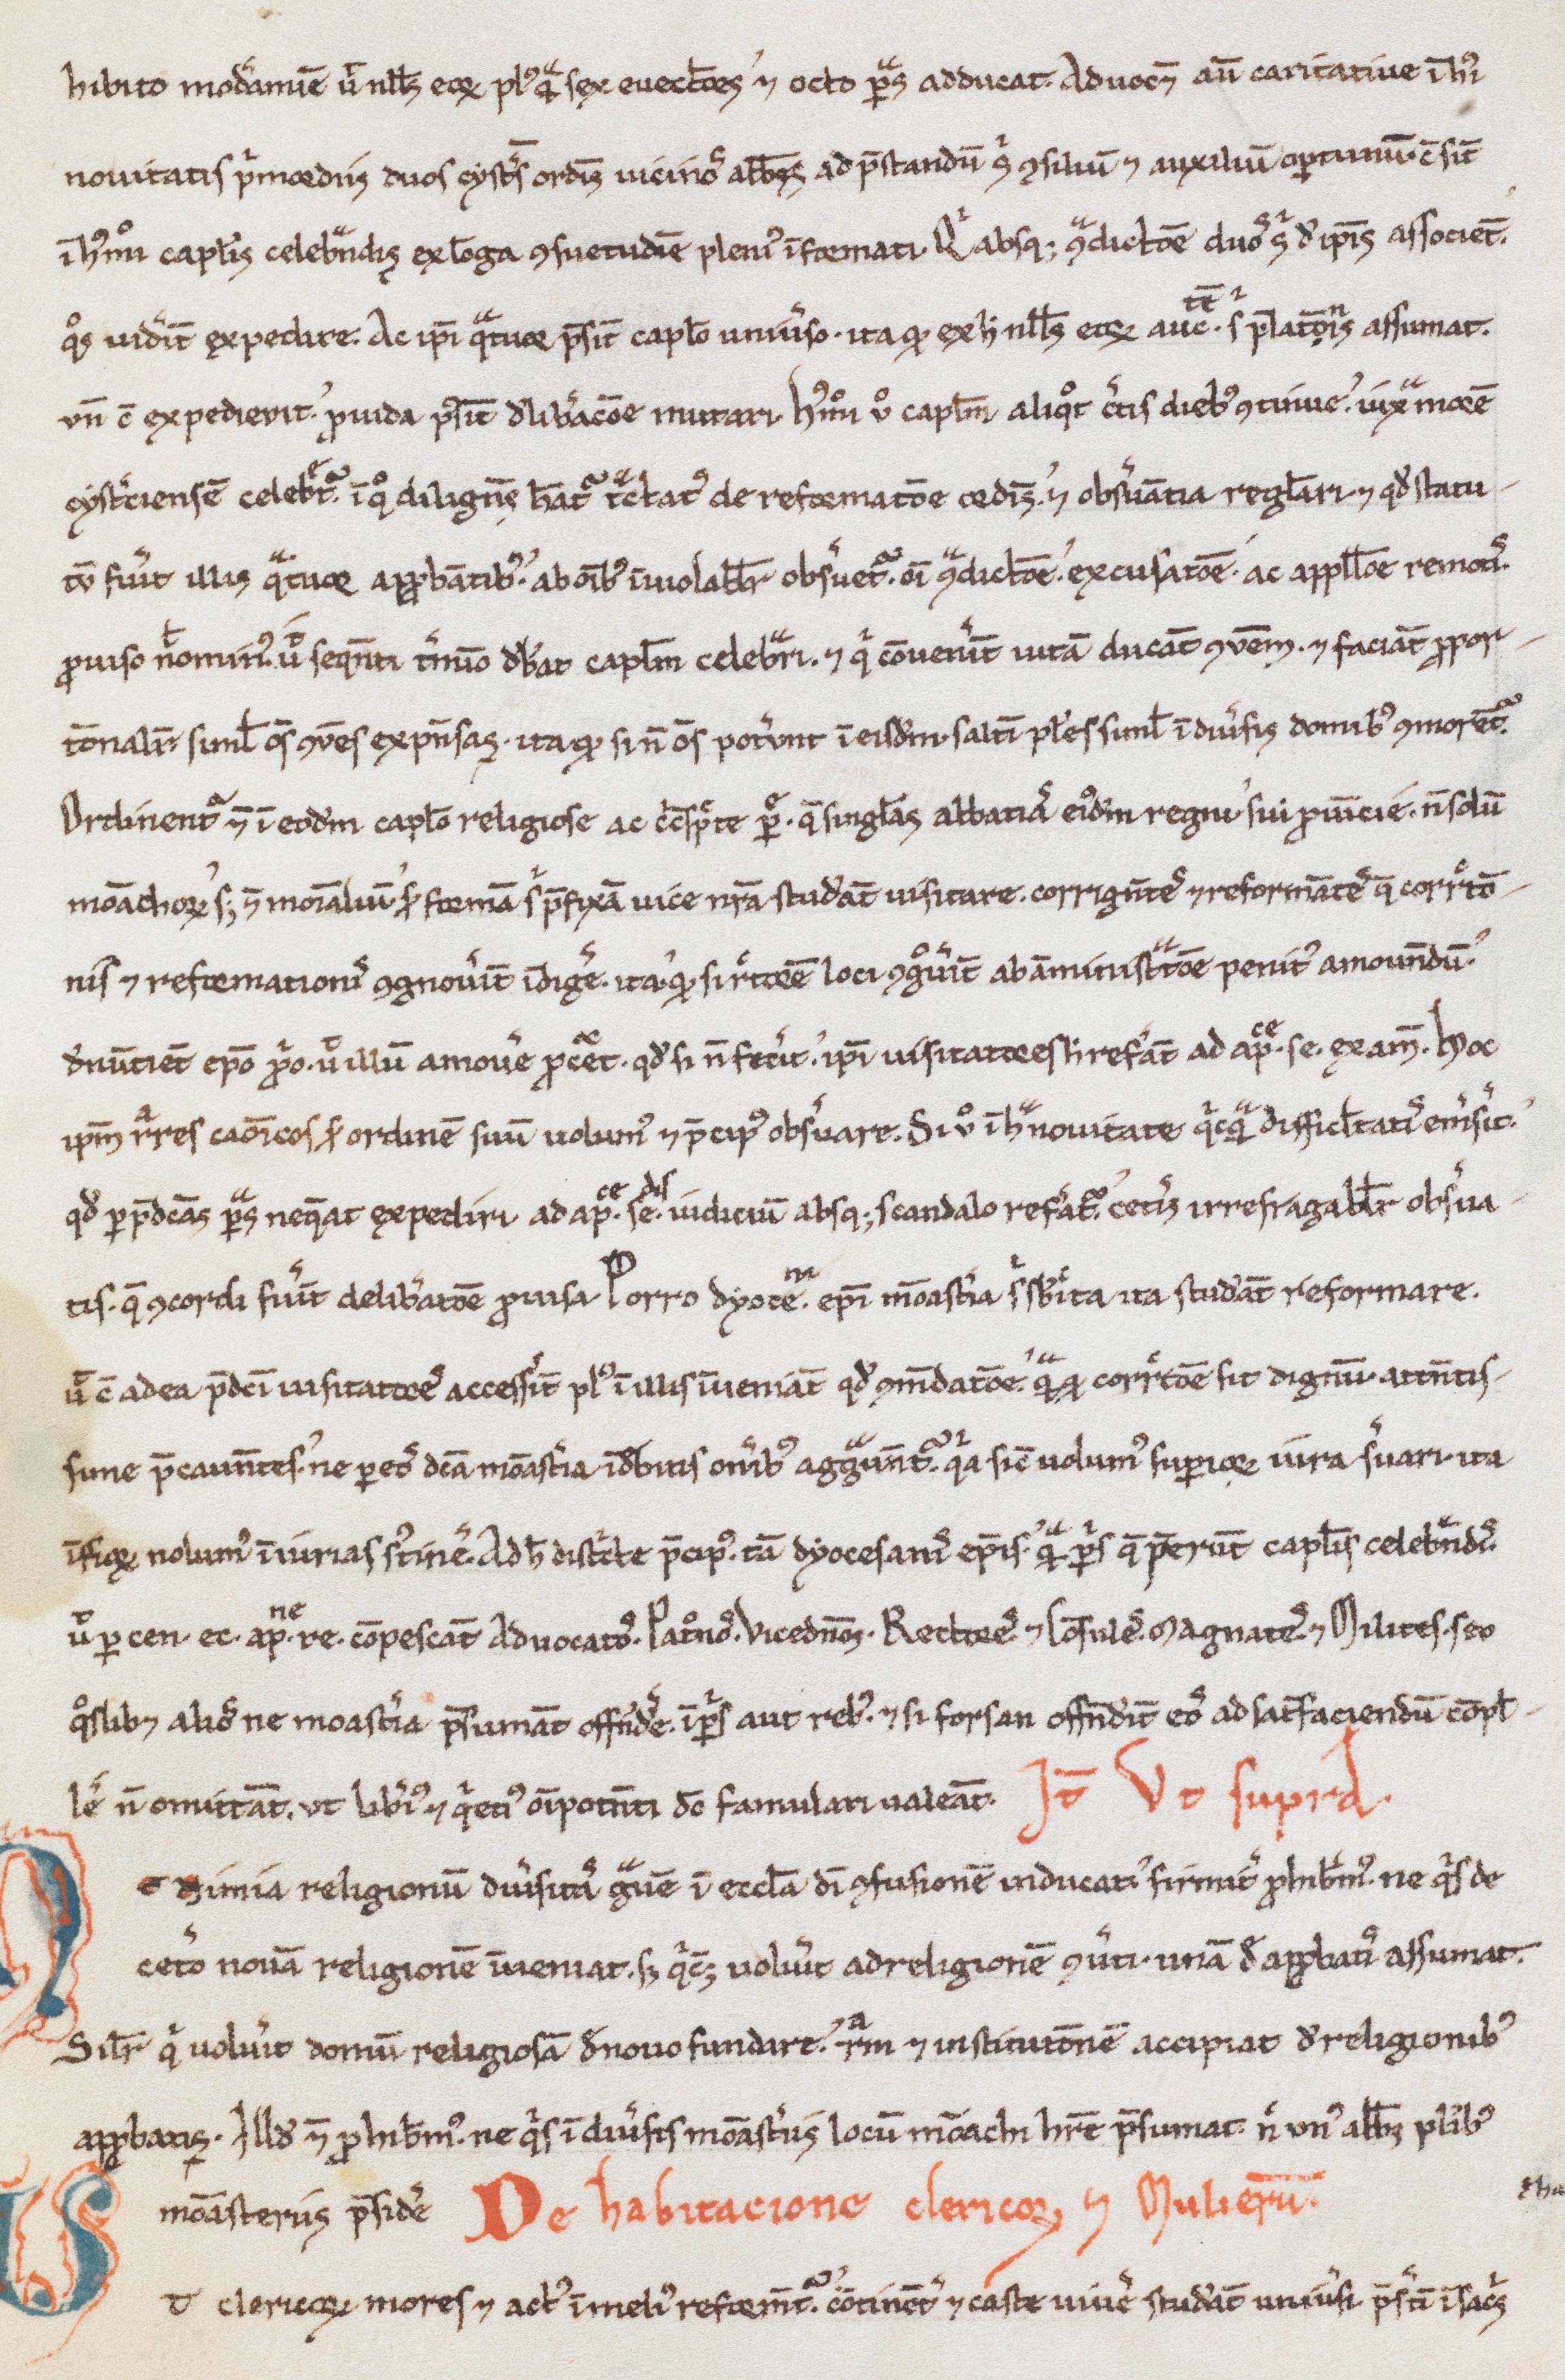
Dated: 1100–1099